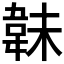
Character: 𩎟